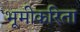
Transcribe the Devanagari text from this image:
भूमीकरिता